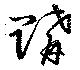
購